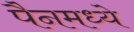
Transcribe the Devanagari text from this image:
पैनमध्ये